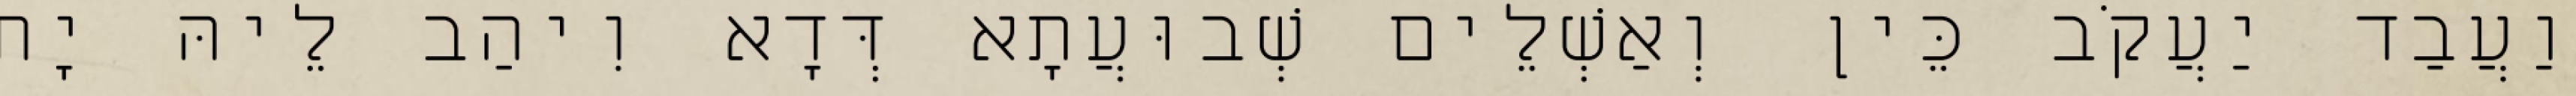
וַעֲבַד יַעֲקֹב כֵּין וְאַשְׁלֵים שְׁבוּעֲתָא דְּדָא וִיהַב לֵיהּ יָת